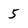
Character: 5